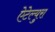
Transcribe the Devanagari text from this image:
ऐटेल्युरा